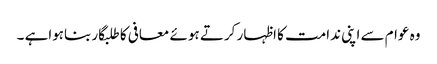
وہ عوام سے اپنی ندامت کا اظہار کرتے ہوئے معافی کا طلبگار بناہواہے ۔